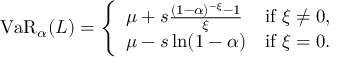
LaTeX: \operatorname { V a R } _ { \alpha } ( L ) = { \left\{ \begin{array} { l l } { \mu + s { \frac { ( 1 - \alpha ) ^ { - \xi } - 1 } { \xi } } } & { { \mathrm { i f ~ } } \xi \neq 0 , } \\ { \mu - s \ln ( 1 - \alpha ) } & { { \mathrm { i f ~ } } \xi = 0 . } \end{array} \right. } \quad